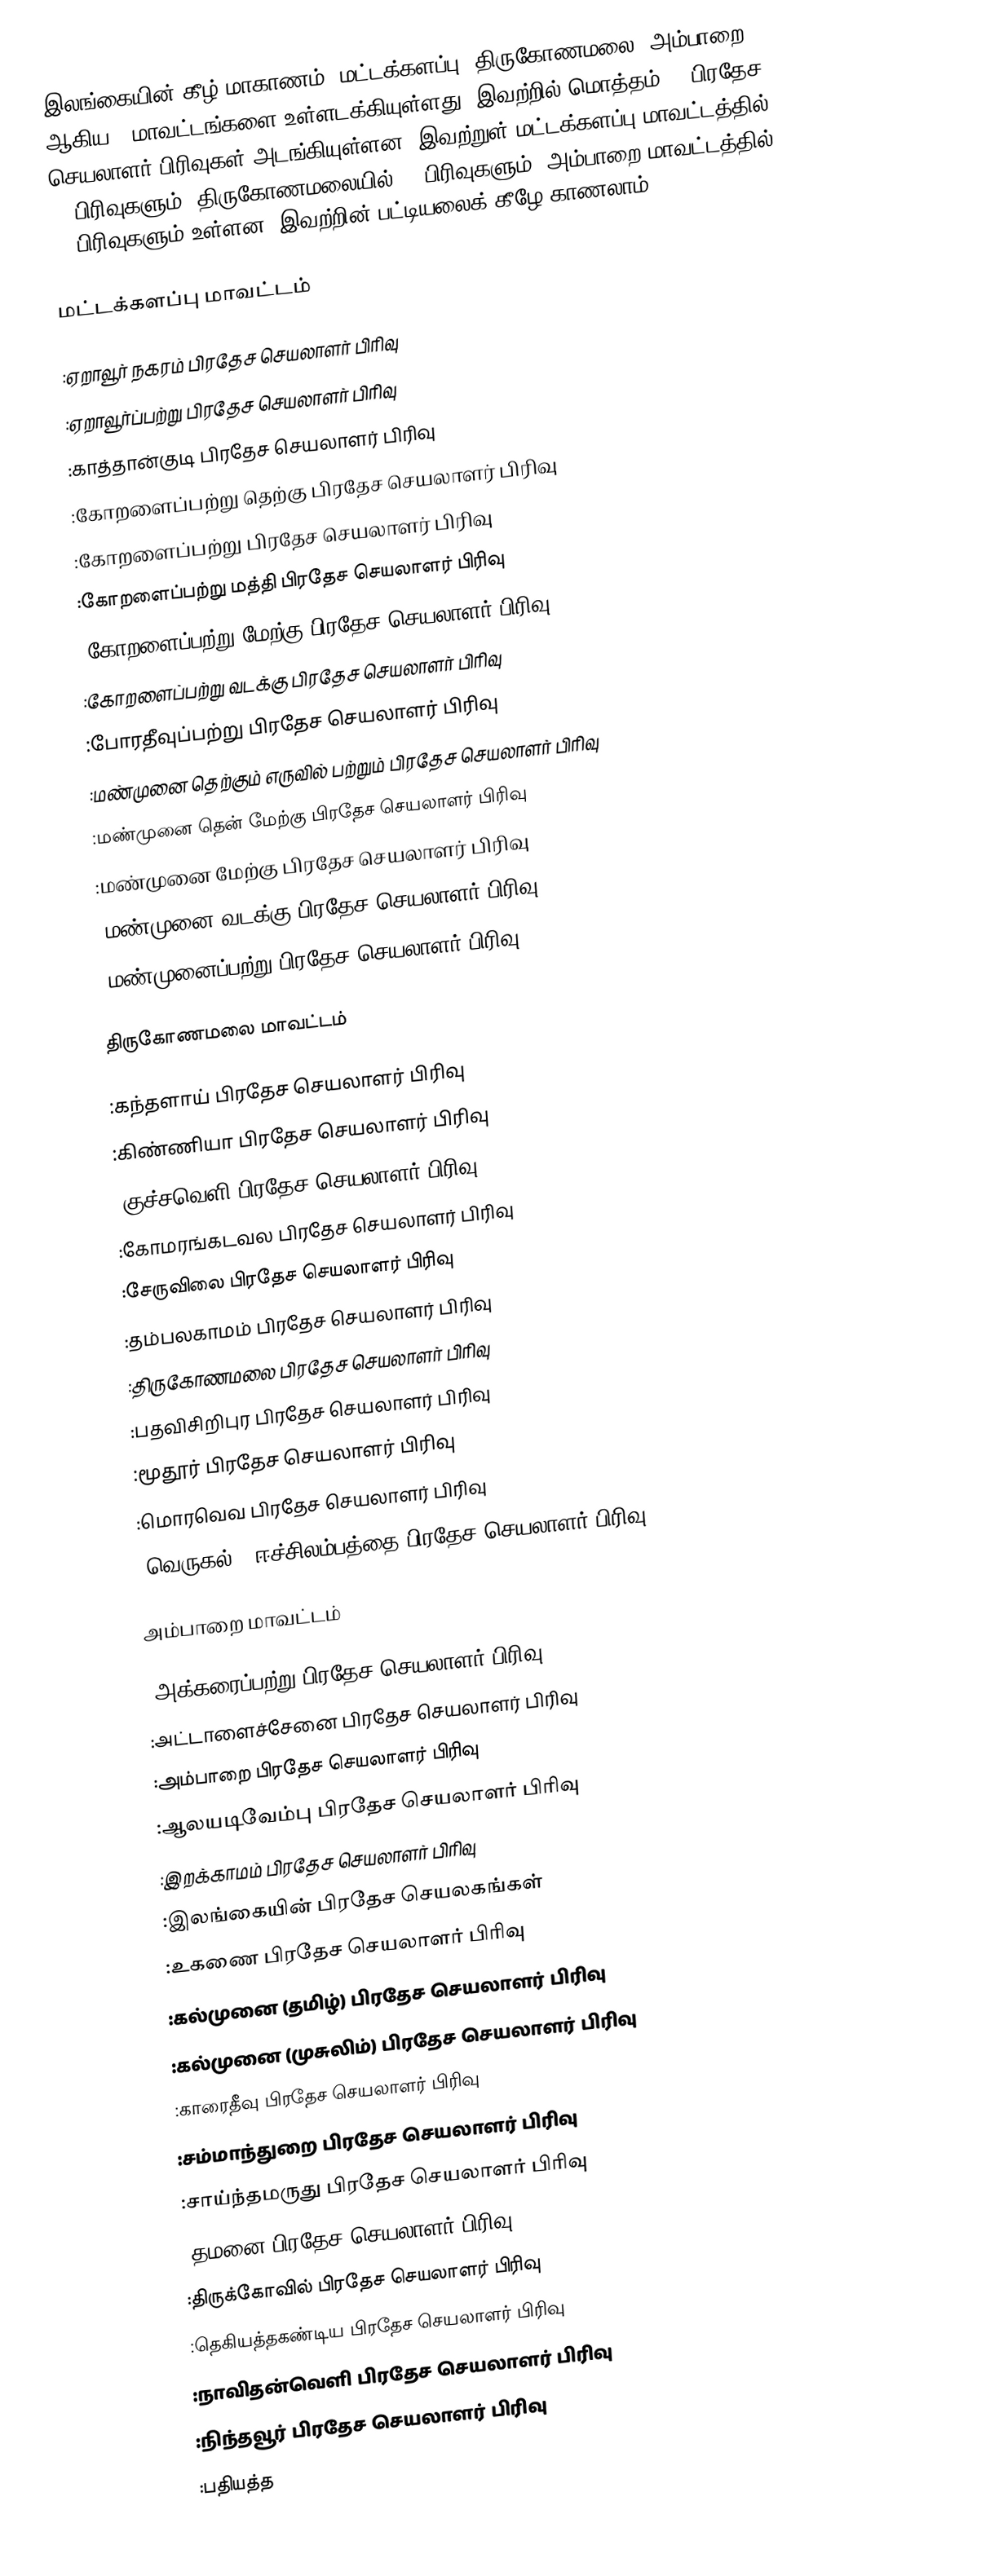
இலங்கையின் கீழ் மாகாணம், மட்டக்களப்பு, திருகோணமலை, அம்பாறை ஆகிய 3 மாவட்டங்களை உள்ளடக்கியுள்ளது. இவற்றில் மொத்தம் 42 பிரதேச செயலாளர் பிரிவுகள் அடங்கியுள்ளன. இவற்றுள் மட்டக்களப்பு மாவட்டத்தில் 13 பிரிவுகளும், திருகோணமலையில் 12 பிரிவுகளும், அம்பாறை மாவட்டத்தில் 17 பிரிவுகளும் உள்ளன. இவற்றின் பட்டியலைக் கீழே காணலாம்.

மட்டக்களப்பு மாவட்டம்

 :ஏறாவூர் நகரம் பிரதேச செயலாளர் பிரிவு
 :ஏறாவூர்ப்பற்று பிரதேச செயலாளர் பிரிவு
 :காத்தான்குடி பிரதேச செயலாளர் பிரிவு
 :கோறளைப்பற்று தெற்கு பிரதேச செயலாளர் பிரிவு
 :கோறளைப்பற்று பிரதேச செயலாளர் பிரிவு
 :கோறளைப்பற்று மத்தி பிரதேச செயலாளர் பிரிவு
 :கோறளைப்பற்று மேற்கு பிரதேச செயலாளர் பிரிவு
 :கோறளைப்பற்று வடக்கு பிரதேச செயலாளர் பிரிவு
 :போரதீவுப்பற்று பிரதேச செயலாளர் பிரிவு
 :மண்முனை தெற்கும் எருவில் பற்றும் பிரதேச செயலாளர் பிரிவு
 :மண்முனை தென் மேற்கு பிரதேச செயலாளர் பிரிவு
 :மண்முனை மேற்கு பிரதேச செயலாளர் பிரிவு
 :மண்முனை வடக்கு பிரதேச செயலாளர் பிரிவு
 :மண்முனைப்பற்று பிரதேச செயலாளர் பிரிவு

திருகோணமலை மாவட்டம்

 :கந்தளாய் பிரதேச செயலாளர் பிரிவு
 :கிண்ணியா பிரதேச செயலாளர் பிரிவு
 :குச்சவெளி பிரதேச செயலாளர் பிரிவு
 :கோமரங்கடவல பிரதேச செயலாளர் பிரிவு
 :சேருவிலை பிரதேச செயலாளர் பிரிவு
 :தம்பலகாமம் பிரதேச செயலாளர் பிரிவு
 :திருகோணமலை பிரதேச செயலாளர் பிரிவு
 :பதவிசிறிபுர பிரதேச செயலாளர் பிரிவு
 :மூதூர் பிரதேச செயலாளர் பிரிவு
 :மொரவெவ பிரதேச செயலாளர் பிரிவு
 :வெருகல் - ஈச்சிலம்பத்தை பிரதேச செயலாளர் பிரிவு

அம்பாறை மாவட்டம்

 :அக்கரைப்பற்று பிரதேச செயலாளர் பிரிவு
 :அட்டாளைச்சேனை பிரதேச செயலாளர் பிரிவு
 :அம்பாறை பிரதேச செயலாளர் பிரிவு
 :ஆலயடிவேம்பு பிரதேச செயலாளர் பிரிவு
 :இறக்காமம் பிரதேச செயலாளர் பிரிவு
 :இலங்கையின் பிரதேச செயலகங்கள்
 :உகணை பிரதேச செயலாளர் பிரிவு
 :கல்முனை (தமிழ்) பிரதேச செயலாளர் பிரிவு
 :கல்முனை (முசுலிம்) பிரதேச செயலாளர் பிரிவு
 :காரைதீவு பிரதேச செயலாளர் பிரிவு
 :சம்மாந்துறை பிரதேச செயலாளர் பிரிவு
 :சாய்ந்தமருது பிரதேச செயலாளர் பிரிவு
 :தமனை பிரதேச செயலாளர் பிரிவு
 :திருக்கோவில் பிரதேச செயலாளர் பிரிவு
 :தெகியத்தகண்டிய பிரதேச செயலாளர் பிரிவு
 :நாவிதன்வெளி பிரதேச செயலாளர் பிரிவு
 :நிந்தவூர் பிரதேச செயலாளர் பிரிவு
 :பதியத்த